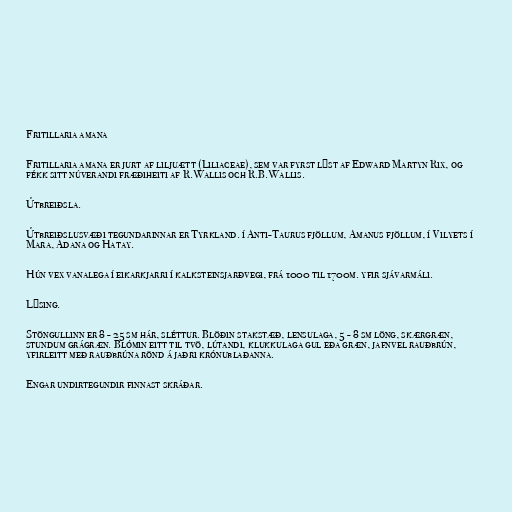
Fritillaria amana

Fritillaria amana er jurt af liljuætt (Liliaceae), sem var fyrst lýst af Edward Martyn Rix, og
fékk sitt núverandi fræðiheiti af R.Wallis och R.B.Wallis.

Útbreiðsla.

Útbreiðslusvæði tegundarinnar er Tyrkland. í Anti-Taurus fjöllum, Amanus fjöllum, í Vilyets í
Mara, Adana og Hatay.

Hún vex vanalega í eikarkjarri í kalksteinsjarðvegi, frá 1000 til 1700m. yfir sjávarmáli.

Lýsing.

Stöngullinn er 8 - 25 sm hár, sléttur. Blöðin stakstæð, lensulaga, 5 - 8 sm löng, skærgræn,
stundum grágræn. Blómin eitt til tvö, lútandi, klukkulaga gul eða græn, jafnvel rauðbrún,
yfirleitt með rauðbrúna rönd á jaðri krónublaðanna.

Engar undirtegundir finnast skráðar.